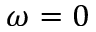
\omega = 0